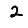
Digit: 2